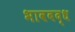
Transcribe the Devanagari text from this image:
भावबद्ध